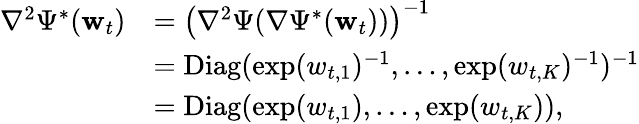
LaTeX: \begin{array}{rl}{\nabla^{2}\Psi^{*}(\mathbf w_{t})}&{=\left(\nabla^{2}\Psi(\nabla\Psi^{*}(\mathbf w_{t}))\right)^{-1}}\\ &{=\mathrm{Diag}(\exp(w_{t,1})^{-1},\ldots,\exp(w_{t,K})^{-1})^{-1}}\\ &{=\mathrm{Diag}(\exp(w_{t,1}),\ldots,\exp(w_{t,K})),}\end{array}